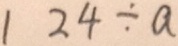
1 2 4 \div a